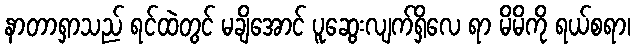
နာတာရှာသည် ရင်ထဲတွင် မချိအောင် ပူဆွေးလျက်ရှိလေ ရာ မိမိကို ရယ်စရာ၊